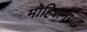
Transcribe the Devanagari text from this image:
मोहिसना